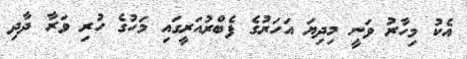
އެކު މިހާރު ވަނީ މިދިޔަ އަހަރުގެ ފެބްރުއަރީގައި މަހުގެ ހުރި ވަރާ ދާދި